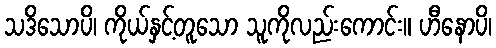
သဒိသောပိ၊ ကိုယ်နှင့်တူသော သူကိုလည်းကောင်း။ ဟီနောပိ၊